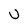
Character: U